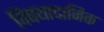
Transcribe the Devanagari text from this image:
विषयादानिक